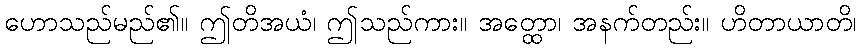
ဟောသည်မည်၏။ ဤတိအယံ၊ ဤသည်ကား။ အတ္ထော၊ အနက်တည်း။ ဟိတာယာတိ၊